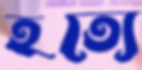
হত্যে